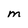
Character: M